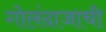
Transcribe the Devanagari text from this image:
गोलंदाजाची